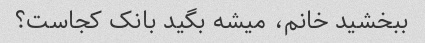
ببخشید خانم، میشه بگید بانک کجاست؟